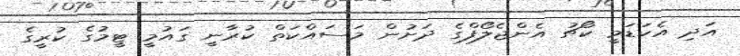
އަދި އެކަޑަމީ ކޯޗު އެންޖެލޯފްގެ ދަށުން މަސައްކަތް ކުރާނީ ގައުމީ ޓީމުގެ ކުރީގެ